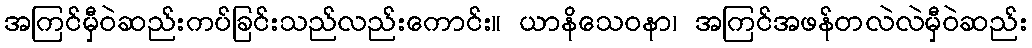
အကြင်မှီဝဲဆည်းကပ်ခြင်းသည်လည်းကောင်း။ ယာနိသေဝနာ၊ အကြင်အဖန်တလဲလဲမှီဝဲဆည်း